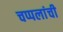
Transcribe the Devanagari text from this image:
चप्पलांची